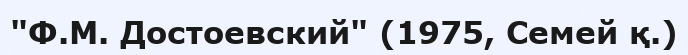
"Ф.М. Достоевский" (1975, Семей қ.)